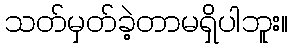
သတ်မှတ်ခဲ့တာမရှိပါဘူး။